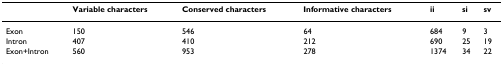
|  | Variable characters | Conserved characters | Informative characters | ii | si | sv |
 | --- | --- | --- | --- | --- | --- | --- |
 | Exon | 150 | 546 | 64 | 684 | 9 | 3 |
 | Intron | 407 | 410 | 212 | 690 | 25 | 19 |
 | Exon+Intron | 560 | 953 | 278 | 1374 | 34 | 22 |